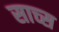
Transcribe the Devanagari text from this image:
साच्स